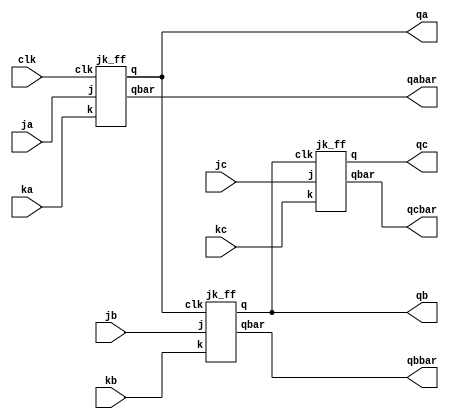
module async_3bit_down_counter(input clk,ja,ka,jb,kb,jc,kc,output qa,qb,qc,qabar,qbbar,qcbar);
jk_ff jkf1(clk,ja,ka,qa,qabar);
jk_ff jkf2(qa,jb,kb,qb,qbbar);
jk_ff jkf3(qb,jc,kc,qc,qcbar);
endmodule 

module jk_ff(input clk,j,k,output reg q,output qbar);
  always @(negedge clk) begin
      case({j,k})
		2'b00:q <= q;
		2'b01:q <= 1'b0;
		2'b10:q <= 1'b1;
		2'b11:q <= ~q;
	  endcase
  end
initial begin
q = 1'b1;
end 
assign qbar = ~q;
endmodule